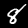
Digit: 8